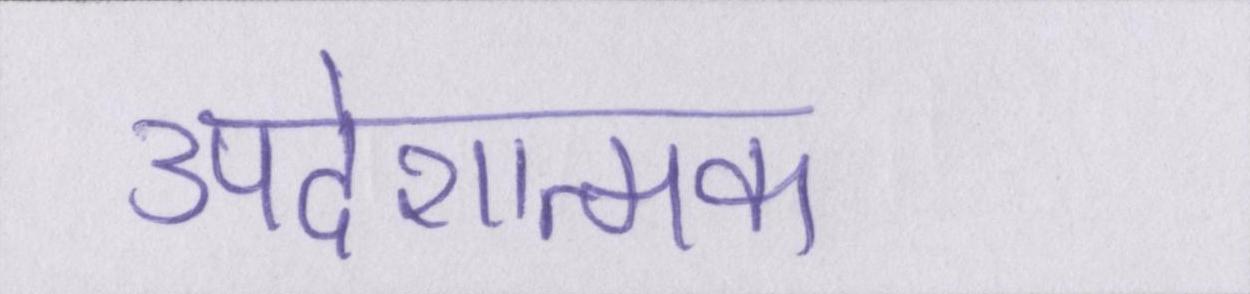
उपदेशात्मक